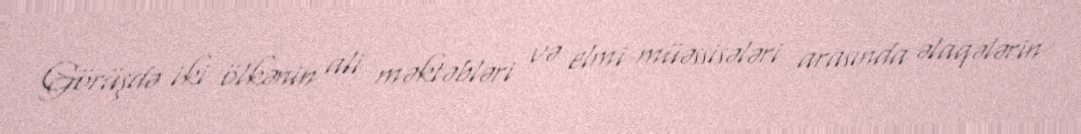
Görüşdə iki ölkənin ali məktəbləri və elmi müəssisələri arasında əlaqələrin